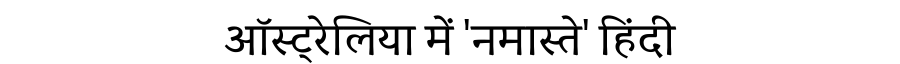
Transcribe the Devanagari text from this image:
ऑस्ट्रेलिया में 'नमास्ते' हिंदी